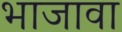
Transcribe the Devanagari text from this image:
भाजावा